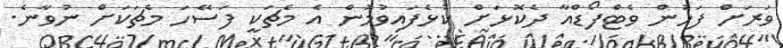
ވަރަށް ފަހުން ވެޓްފޯޑްއާ ދެކޮޅަށް ކުޅެފައިވުމުން އެ މެޗަކީ ފަސޭހަ މެޗަކަށް ނުވާނެ.